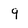
Character: q